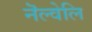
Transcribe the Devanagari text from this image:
नॆल्वेलि